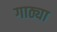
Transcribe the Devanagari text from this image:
गाठ्या